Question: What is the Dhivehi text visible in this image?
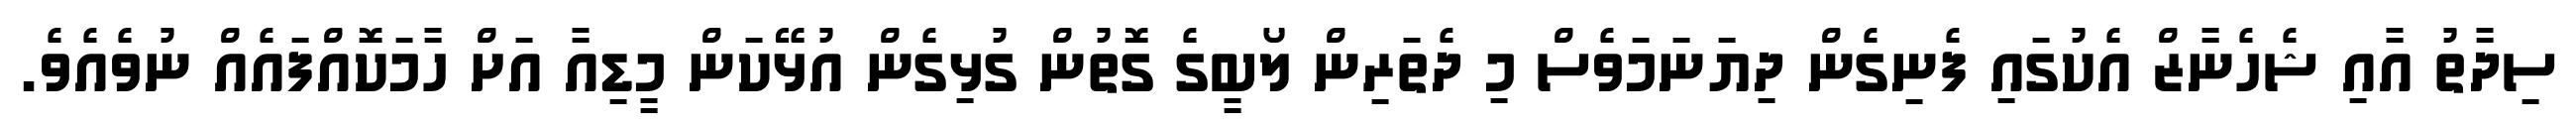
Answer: ސިދާތު އާއި ޝެހެނާޒް އެކުގައި ފެނިގެން ދިޔަނަމަވެސް މި ދެތަރިން ލޯބީގެ ގޮތުން ގުޅިގެން އުޅޭކަން މީޑިއާ އަށް ހާމަކޮއްފައެއް ނުވެއެވެ.